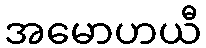
အမောဟယီ